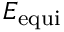
E _ { \mathrm { e q u i } }